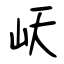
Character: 岆